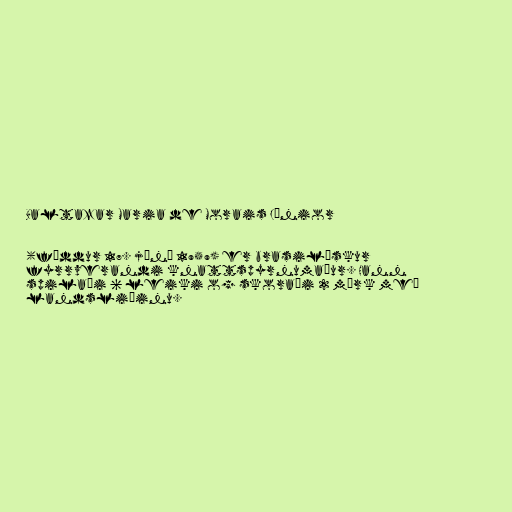
Baltazar Maria de Morais Júnior

(fæddur 17. júní 1959) er brasilískur
fyrrverandi knattspyrnumaður. Hann
spilaði 6 leiki og skoraði 2 mörk með
landsliðinu.